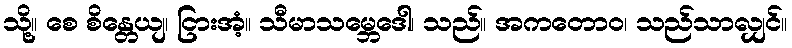
သို့။ စေ စိန္တေယျ၊ ငြားအံ့။ သီမာသမ္ဘေဒေါ၊ သည်။ အကတောဝ၊ သည်သာလျှင်။